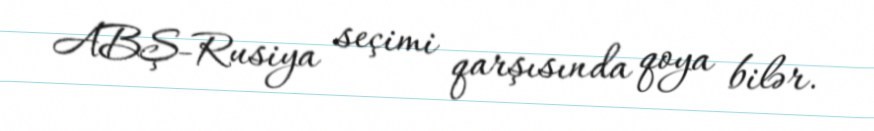
ABŞ-Rusiya seçimi qarşısında qoya bilər.